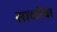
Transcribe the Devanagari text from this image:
साळींबा